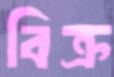
বিক্র